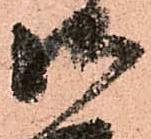
御